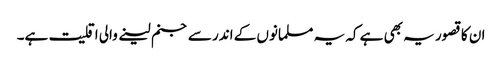
ان کا قصور یہ بھی ہے کہ یہ مسلمانوں کے اندر سے جنم لینے والی اقلیت ہے۔